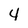
Character: 4